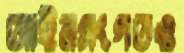
আইনসংগতও